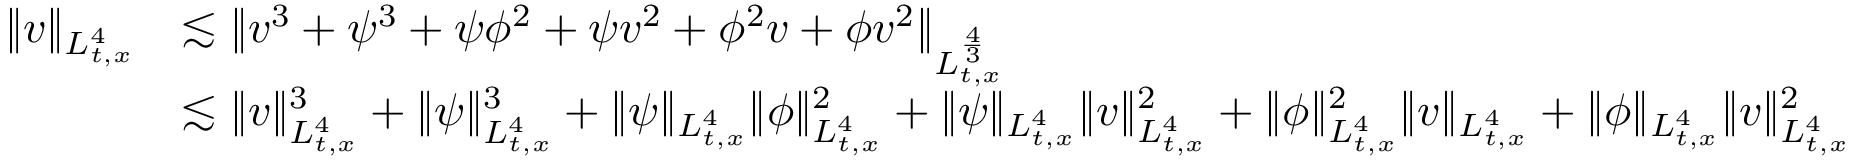
\begin{array} { r l } { \| v \| _ { L _ { t , x } ^ { 4 } } } & { \lesssim \| v ^ { 3 } + \psi ^ { 3 } + \psi \phi ^ { 2 } + \psi v ^ { 2 } + \phi ^ { 2 } v + \phi v ^ { 2 } \| _ { L _ { t , x } ^ { \frac { 4 } { 3 } } } } \\ & { \lesssim \| v \| _ { L _ { t , x } ^ { 4 } } ^ { 3 } + \| \psi \| _ { L _ { t , x } ^ { 4 } } ^ { 3 } + \| \psi \| _ { L _ { t , x } ^ { 4 } } \| \phi \| _ { L _ { t , x } ^ { 4 } } ^ { 2 } + \| \psi \| _ { L _ { t , x } ^ { 4 } } \| v \| _ { L _ { t , x } ^ { 4 } } ^ { 2 } + \| \phi \| _ { L _ { t , x } ^ { 4 } } ^ { 2 } \| v \| _ { L _ { t , x } ^ { 4 } } + \| \phi \| _ { L _ { t , x } ^ { 4 } } \| v \| _ { L _ { t , x } ^ { 4 } } ^ { 2 } } \end{array}